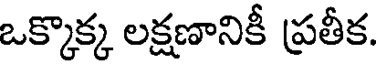
ఒక్కొక్క లక్షణానికీ ప్రతీక.